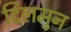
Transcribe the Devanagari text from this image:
दिलमुन